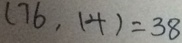
( 7 6 , 1 4 ) = 3 8